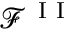
\mathcal { F } ^ { \mathrm { ~ I ~ I ~ } }